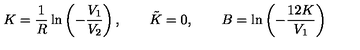
K = \frac { 1 } { R } \ln \left( - \frac { V _ { 1 } } { V _ { 2 } } \right) , \qquad \tilde { K } = 0 , \qquad B = \ln \left( - \frac { 1 2 K } { V _ { 1 } } \right)